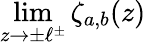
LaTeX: \displaystyle{\operatorname*{lim}_{z\rightarrow\pm\ell^{\pm}}\zeta_{a,b}(z)}